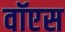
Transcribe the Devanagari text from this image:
वॉएस